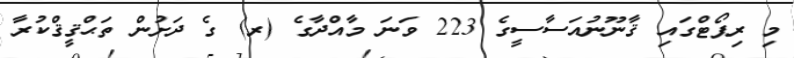
މި ރިޕޯޓްގައި ޤާނޫނުއަސާސީގެ 223 ވަނަ މާއްދާގެ (ރ) ގެ ދަށުން ތަޙްޤީޤްކުރާ